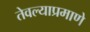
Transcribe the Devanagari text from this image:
तेवल्याप्रमाणे